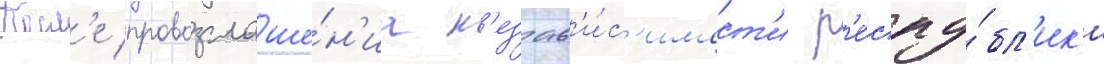
Посл'е провозглаше́н'иа н'езав'и́с'имост'и р'еспу́бл'ик'и